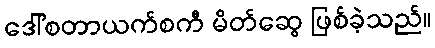
ဒေါ်စတာယက်စကီ မိတ်ဆွေ ဖြစ်ခဲ့သည်။